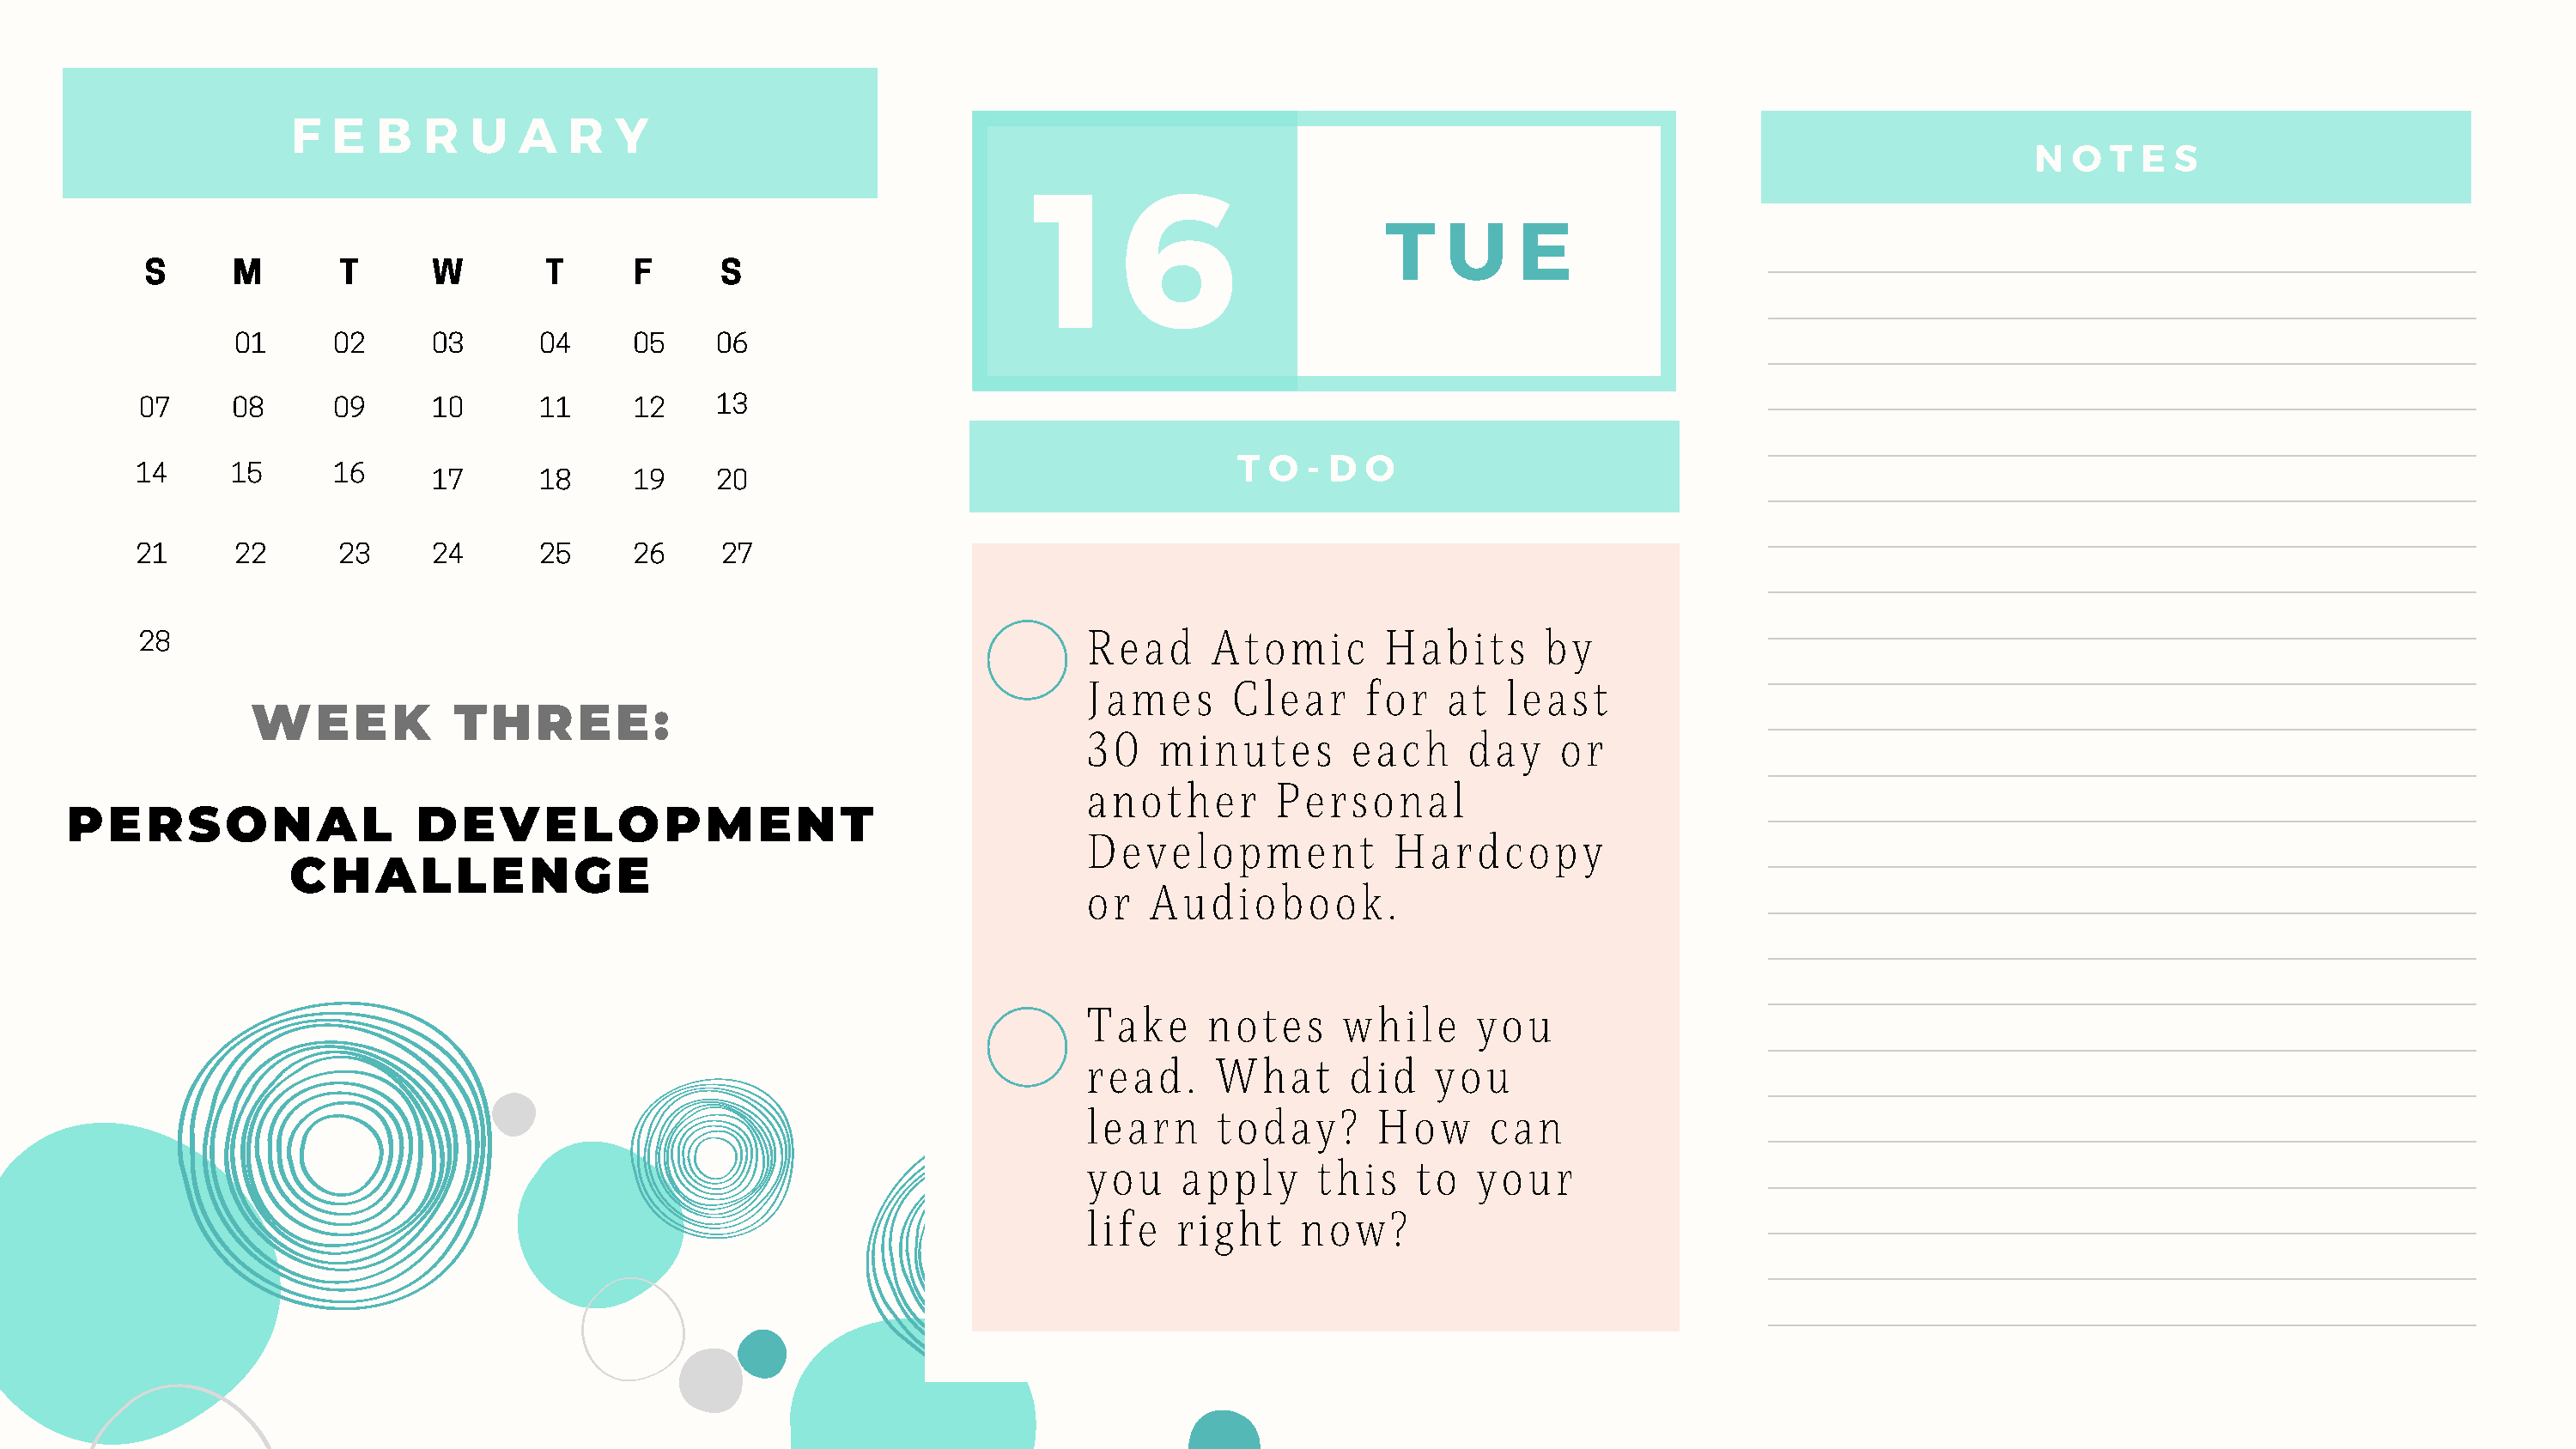
F   E  B   R  U   A   R  Y
 1     6                                                                      N  O  T E  S
 T   U     E
 S      M       T      W        T      F      S
 01      02     03       04     05    06
 07     08      09     10       11     12    13
 T  O  - D O
 14      15      16
 17       18     19    20
 21      22      23     24       25     26     27
 Read     Atomic        Habits      by
 28
 James      Clear     for    at  least
 WEEK            THREE:
 30   minutes        each     day    or
 another       Personal
 PERSONAL                   DEVELOPMENT
 Development            Hardcopy
 CHALLENGE
 or   Audiobook.
 Take     notes      while     you
 read.     What      did    you
 learn     today?      How      can
 you    apply      this   to   your
 life   right    now?